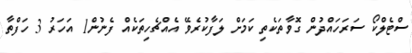
ސްޓެލްކޯ ސަރަހައްދުން ގޮވާތަކެތި ކަމަށް ލަފާކުރެވޭ އެއްޗެހިތަކެއް ފެނުން1 އަހަރު 3 ހަފްތާ